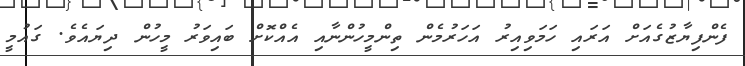
ފެންފިޔާޒުގެއަށް އަރައި ހަމަވިއިރު އަހަރުމެން ތިންމީހުންނާއި އެއްކޮށް ބައިވަރު މީހުން ދިޔައެވެ. ގައުމީ